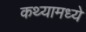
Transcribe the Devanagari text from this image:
कथ्यामध्ये